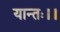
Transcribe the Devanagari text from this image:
यान्तः।।